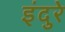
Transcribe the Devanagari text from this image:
इंदुरे